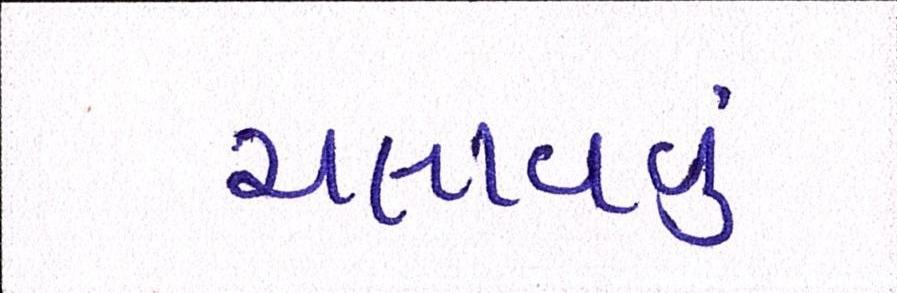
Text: ચલાવવું